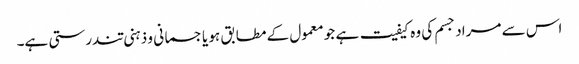
اس سے مراد جسم کی وہ کیفیت ہے جو معمول کے مطابق ہو یا جسمانی و ذہنی تندرستی ہے۔